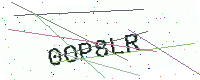
Text: 0OP8LR